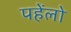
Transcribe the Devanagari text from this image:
पहेंलो